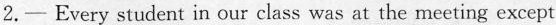
2.—Every student in our class was at the meeting except